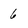
Character: 6